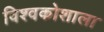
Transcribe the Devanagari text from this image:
विश्वकोशाला